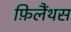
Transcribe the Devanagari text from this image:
फ़िलैंथस